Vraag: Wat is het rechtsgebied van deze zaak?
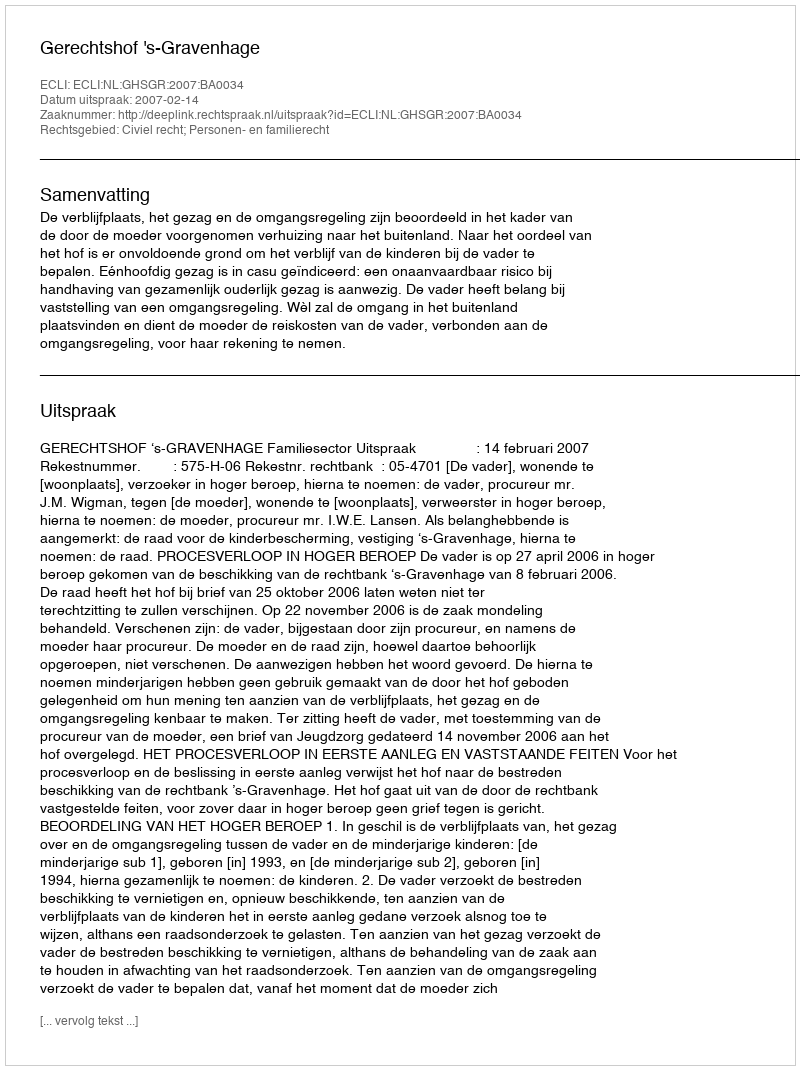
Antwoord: Civiel recht; Personen- en familierecht